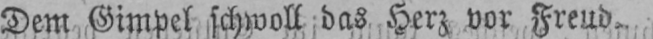
Dem Gimpel schwoll das Herz vor Freud